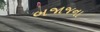
બજાજના